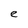
Character: e